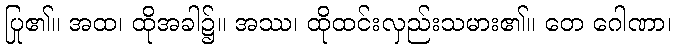
ပြု၏။ အထ၊ ထိုအခါ၌။ အဿ၊ ထိုထင်းလှည်းသမား၏။ တေ ဂေါဏာ၊